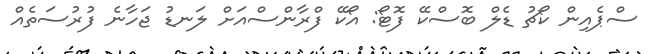
ސްޕެއިން ކޯޗު ޑެލް ބޮސްކޭ ފޮޓޯ: އޯކޭ ފްރާންސްއަށް ލަނޑު ޖަހާނެ ފުރުސަތެއް